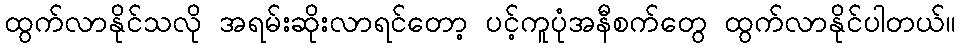
ထွက်လာနိုင်သလို အရမ်းဆိုးလာရင်တော့ ပင့်ကူပုံအနီစက်တွေ ထွက်လာနိုင်ပါတယ်။